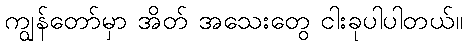
ကျွန်တော်မှာ အိတ် အသေးတွေ ငါးခုပါပါတယ်။